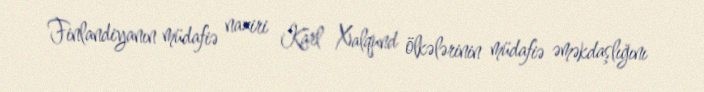
Finlandiyanın müdafiə naziri Karl Xalqund ölkələrinin müdafiə əməkdaşlığını